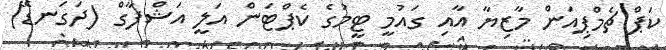
ކަޕް ޗެމްޕިއަން މާޒިޔާ އާއި ގައުމީ ޓީމުގެ ކެޕްޓަން އަލީ އަޝްފާގް (ދަގަނޑޭ)